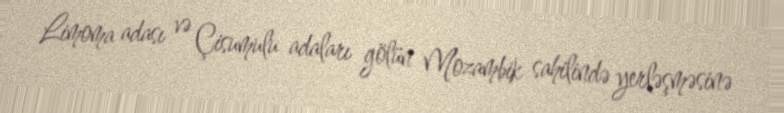
Limoma adası və Çisumulu adaları gölün Mozambik sahilində yerləşməsinə